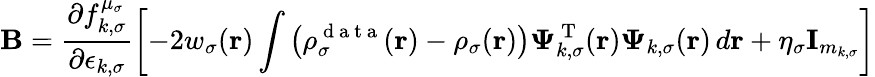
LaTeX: \boldsymbol{\textbf{B}}=\frac{\partial f_{k,\sigma}^{\mu_{\sigma}}}{\partial\epsilon_{k,\sigma}}\left[-2w_{\sigma}(\boldsymbol{\textbf{r}})\int\left(\rho_{\sigma}^{\mathrm{~d~a~t~a~}}(\boldsymbol{\textbf{r}})-\rho_{\sigma}(\boldsymbol{\textbf{r}})\right)\boldsymbol{\Psi}_{k,\sigma}^{\mathrm{~T~}}(\boldsymbol{\textbf{r}})\boldsymbol{\Psi}_{k,\sigma}(\boldsymbol{\textbf{r}})\, d\boldsymbol{\textbf{r}}+\eta_{\sigma}\textbf{I}_{m_{k,\sigma}}\right]